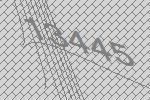
13445